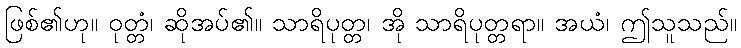
ဖြစ်၏ဟု။ ဝုတ္တံ၊ ဆိုအပ်၏။ သာရိပုတ္တ၊ အို သာရိပုတ္တရာ။ အယံ၊ ဤသူသည်။